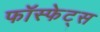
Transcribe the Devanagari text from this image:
फॉस्फेट्स